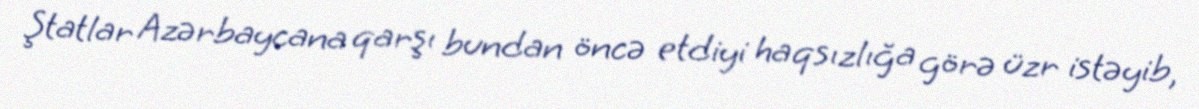
Ştatlar Azərbaycana qarşı bundan öncə etdiyi haqsızlığa görə üzr istəyib,